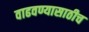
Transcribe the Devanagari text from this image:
वाढवण्यासाठीच